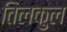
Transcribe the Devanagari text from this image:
तिलकुल